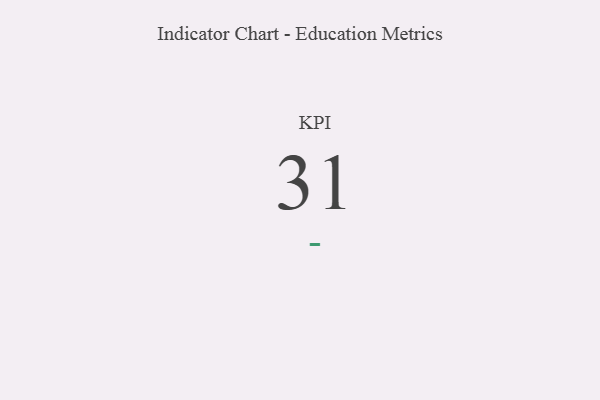
{"axis": {"x": "KPI", "y": "Value"}, "legend": [""], "data": [{"x": "KPI", "y": 31, "type": ""}]}